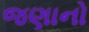
જણાનો